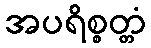
အပရိစ္စတ္တံ